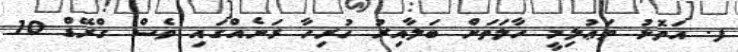
ފ. އަތޮޅު ތަޢުލިމީ ހާލަތަށް ބަލާއިރު ހުރިހާ ރަށެއްގައި ވެސް ގްރޭޑް 10